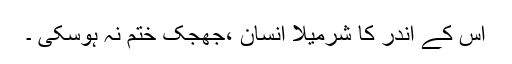
اس کے اندر کا شرمیلا انسان ،جھجک ختم نہ ہوسکی ۔